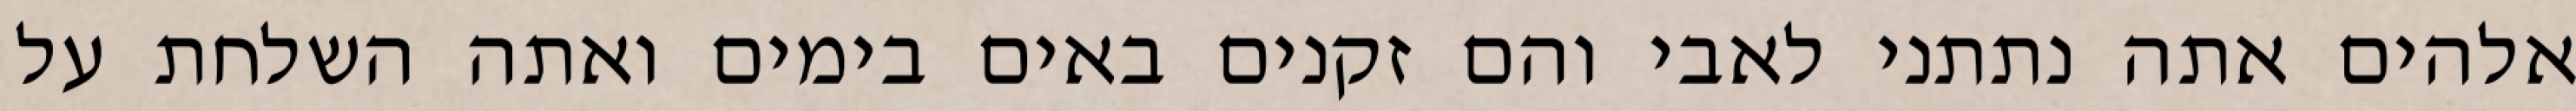
אלהים אתה נתתני לאבי והם זקנים באים בימים ואתה השלחת על